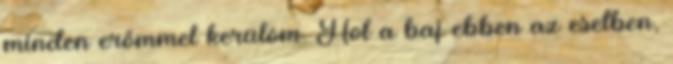
minden erőmmel kerülöm. Hol a baj ebben az esetben,